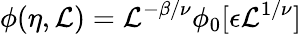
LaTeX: \phi(\eta,\mathcal{L})=\mathcal{L}^{-\beta/\nu}\phi_{0}[\epsilon\mathcal{L}^{1/\nu}]